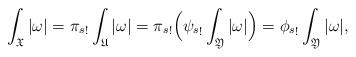
LaTeX: \begin{align*}\int_{\mathfrak X}|\omega|&= {\pi_s}_!\int_{\mathfrak U}|\omega| = {\pi_s}_!\Big({\psi_s}_!\int_{\mathfrak Y}|\omega|\Big) = {\phi_s}_!\int_{\mathfrak Y}|\omega|,\end{align*}